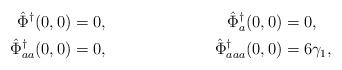
LaTeX: \begin{align*} \hat\Phi^\dagger(0,0)&=0, &\hat\Phi^\dagger_a(0,0)&=0,\\ \hat\Phi^\dagger_{aa}(0,0)&=0, &\hat\Phi^\dagger_{aaa}(0,0)&=6\gamma_1,\end{align*}